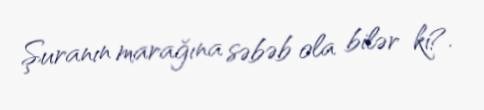
Şuranın marağına səbəb ola bilər ki?.